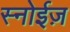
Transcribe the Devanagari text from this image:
स्नोईज़